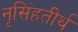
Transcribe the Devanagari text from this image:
नृसिंहतीर्थ